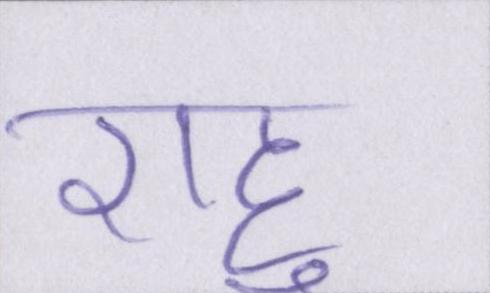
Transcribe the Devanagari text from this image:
राहु